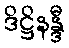
ဒိဋ္ဌိနန္ဒီ